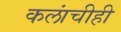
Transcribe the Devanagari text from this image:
कलांचीही